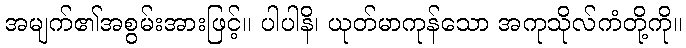
အမျက်၏အစွမ်းအားဖြင့်။ ပါပါနိ၊ ယုတ်မာကုန်သော အကုသိုလ်ကံတို့ကို။